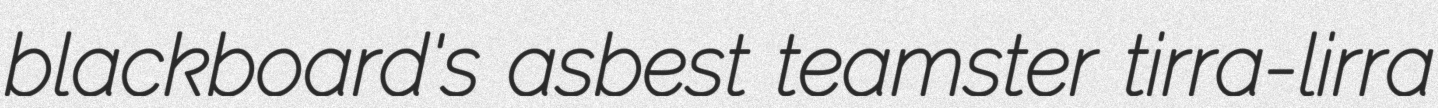
blackboard's asbest teamster tirra-lirra